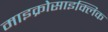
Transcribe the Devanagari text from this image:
माइक्रोसाइक्लिक